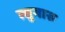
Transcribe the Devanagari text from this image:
त्सुगारु